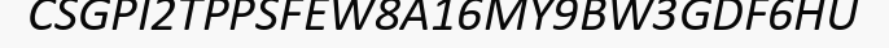
CSGPI2TPPSFEW8A16MY9BW3GDF6HU